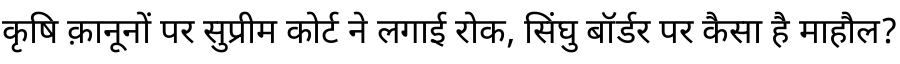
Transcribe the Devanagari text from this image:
कृषि क़ानूनों पर सुप्रीम कोर्ट ने लगाई रोक, सिंघु बॉर्डर पर कैसा है माहौल?